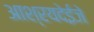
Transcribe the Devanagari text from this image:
आश्रयदेईजे